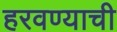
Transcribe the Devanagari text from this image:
हरवण्याची